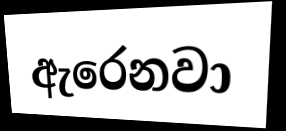
ඇරෙනවා